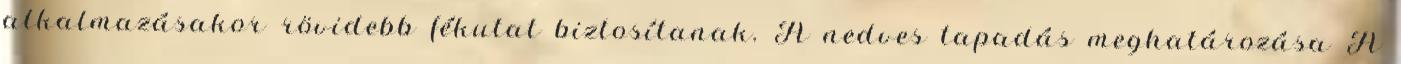
alkalmazásakor rövidebb fékutat biztosítanak. A nedves tapadás meghatározása A